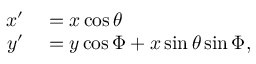
\begin{array} { r l } { x ^ { \prime } } & { { } = x \cos { \theta } } \\ { y ^ { \prime } } & { { } = y \cos { \Phi } + x \sin { \theta } \sin { \Phi } , } \end{array}